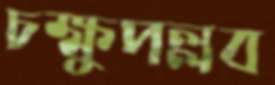
চক্ষুপল্লব